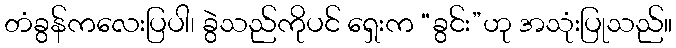
တံခွန်ကလေးပြပါ၊ ခွဲသည်ကိုပင် ရှေးက “ခွင်း”ဟု အသုံးပြုသည်။